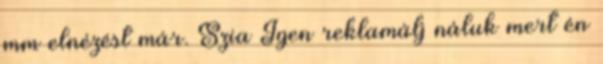
mm elnézést már. Szia Igen reklamálj náluk mert én